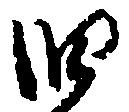
旧